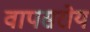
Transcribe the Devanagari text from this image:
वापसरोय